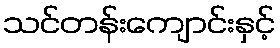
သင်တန်းကျောင်းနှင့်